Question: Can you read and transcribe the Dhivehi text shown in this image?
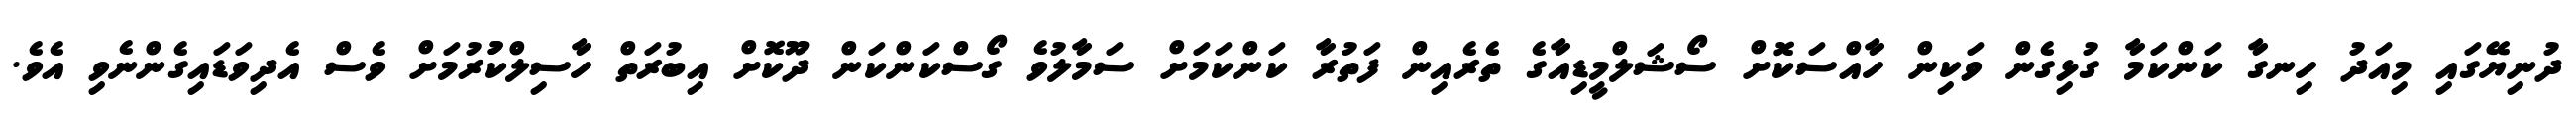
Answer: ދުނިޔޭގައި މިއަދު ހިނގާ ކަންކަމާ ގުޅިގެން ވަކިން ހާއްސަކޮށް ސޯޝަލްމީޑިއާގެ ތެރެއިން ފަތުރާ ކަންކަމަށް ސަމާލުވެ ގޯސްކަންކަން ދޫކޮށް އިބުރަތް ހާސިލްކުުރުމަށް ވެސް އެދިވަޑައިގެންނެވި އެވެ.